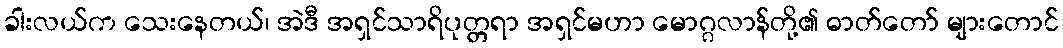
ခါးလယ်က သေးနေတယ်၊ အဲဒီ အရှင်သာရိပုတ္တရာ အရှင်မဟာ မောဂ္ဂလာန်တို့၏ ဓာတ်တော် များတောင်